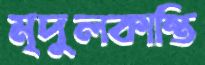
মৃদুলকান্তি